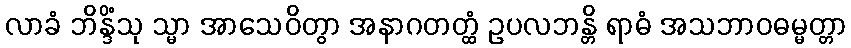
လာခံ ဘိန္ဒိံသု သ္မာ အာသေဝိတွာ အနာဂတတ္ထံ ဥပလဘန္တိ ရာဓံ အသဘာဝဓမ္မတ္တာ